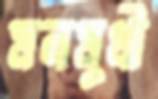
মলমুখী